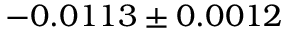
- 0 . 0 1 1 3 \pm 0 . 0 0 1 2